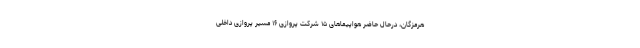
هرمزگان، درحال حاضر هواپیماهای ۱۵ شرکت پروازی ۱۶ مسیر پروازی داخلی